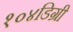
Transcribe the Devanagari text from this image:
१०४डिग्री